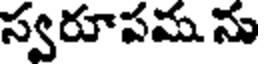
స్వరూపమ ను